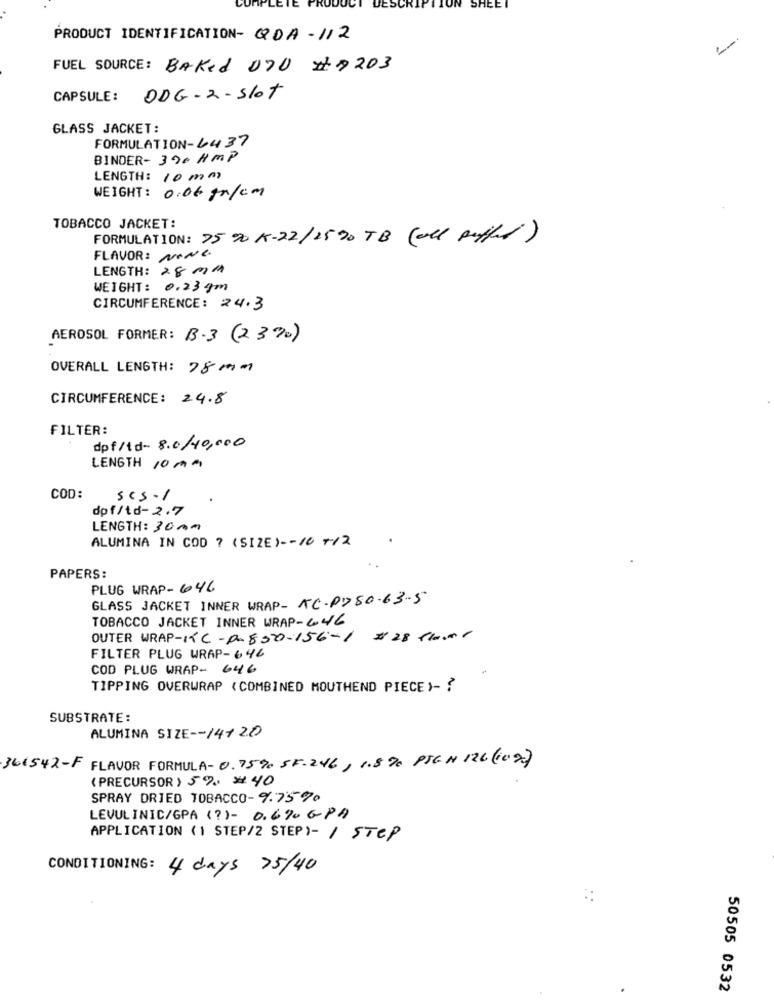
SHEET
PRODUCT IDENTIFICATION- QDA-112
1-
FUEL SOURCE: Baked 070 # 8203
CAPSULE: DDG-2-Slot
GLASS JACKET:
FORMULATION-4437
BINDER- 390 HMP
LENGTH: 10 mm
WEIGHT: 0.06 gr/cm
TOBACCO JACKET:
FORMULATION: 75 % K-22/2500 TB (all Buffet)
FLAVOR: NONE
LENGTH: 28 mm
WEIGHT: 0.23gm
CIRCUMFERENCE: 24.3
AEROSOL FORMER: B.3 (23%)
OVERALL LENGTH: 78 mm
CIRCUMFERENCE: 24.8
FILTER:
dpf/td- 8.0/10,000
LENGTH 10 mm
COD:
scs-1
dpf/td- 2.7
LENGTH: 30Am
ALUMINA IN COD ? (SIZE) -- 10 +12
. .
PAPERS:
PLUG WRAP- 646
GLASS JACKET INNER WRAP- KC-P780.63-5
TOBACCO JACKET INNER WRAP-646
OUTER WRAP-KC-0-550-156-1
# 28 Toour
FILTER PLUG WRAP-646
COD PLUG WRAP- 646
TIPPING OVERWRAP ( COMBINED MOUTHEND PIECE)- ?
SUBSTRATE :
ALUMINA SIZE -- 14+ 2.0
361542-F FLAVOR FORMULA-0.75% SF.246, 1.8 % PIG N 126 ( 102)
( PRECURSOR ) 5% # 40
SPRAY DRIED TOBACCO- 9.75%
LEVULINIC/GPA (?)- 0.690 GPA
APPLICATION (1 STEP/2 STEP)- / STEP
CONDITIONING:
4 days 75/40
50505 0532